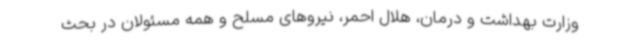
وزارت بهداشت و درمان، هلال احمر، نیروهای مسلح و همه مسئولان در بحث